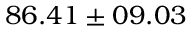
8 6 . 4 1 \pm 0 9 . 0 3